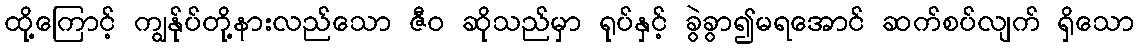
ထို့ကြောင့် ကျွန်ုပ်တို့နားလည်သော ဇီဝ ဆိုသည်မှာ ရုပ်နှင့် ခွဲခွာ၍မရအောင် ဆက်စပ်လျက် ရှိသော